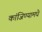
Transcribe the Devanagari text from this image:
कांजिण्यामधे